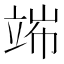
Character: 𥪄